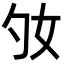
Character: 𡚷